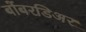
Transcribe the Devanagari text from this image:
बोंबरडिअर